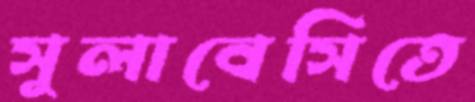
সুলাবেসিতে